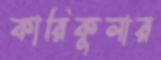
কারিকুলার